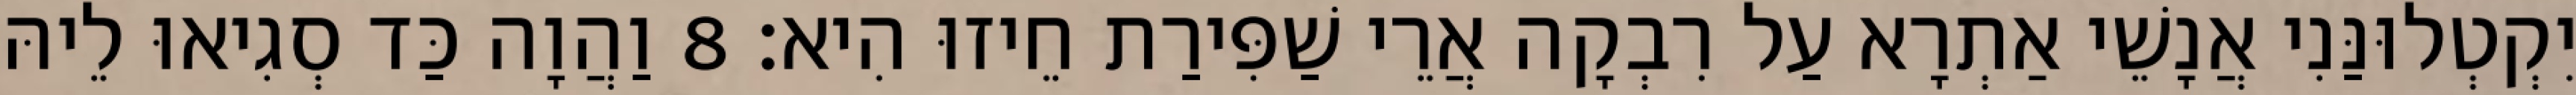
יִקְטְלוּנַּנִי אֲנָשֵׁי אַתְרָא עַל רִבְקָה אֲרֵי שַׁפִּירַת חֵיזוּ הִיא׃ 8 וַהֲוָה כַּד סְגִיאוּ לֵיהּ